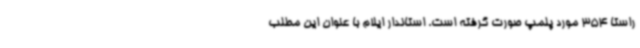
راستا 354 مورد پلمپ صورت گرفته است. استاندار ایلام با عنوان این مطلب